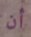
أن